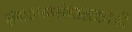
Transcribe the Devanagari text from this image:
संगणकसंचालकांनी